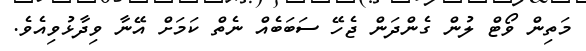
މަތިން ވޯޓް ލުން ގެންދަން ޖެހޭ ސަބަބެއް ނެތް ކަމަށް އޭނާ ވިދާޅުވިއެވެ.